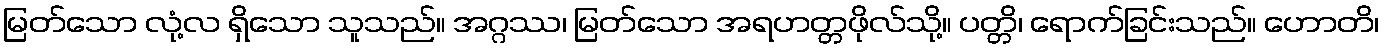
မြတ်သော လုံ့လ ရှိသော သူသည်။ အဂ္ဂဿ၊ မြတ်သော အရဟတ္တဖိုလ်သို့။ ပတ္တိ၊ ရောက်ခြင်းသည်။ ဟောတိ၊